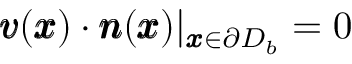
{ \pmb v } ( { \pmb x } ) \cdot { \pmb n } ( { \pmb x } ) | _ { { \pmb x } \in \partial D _ { b } } = 0